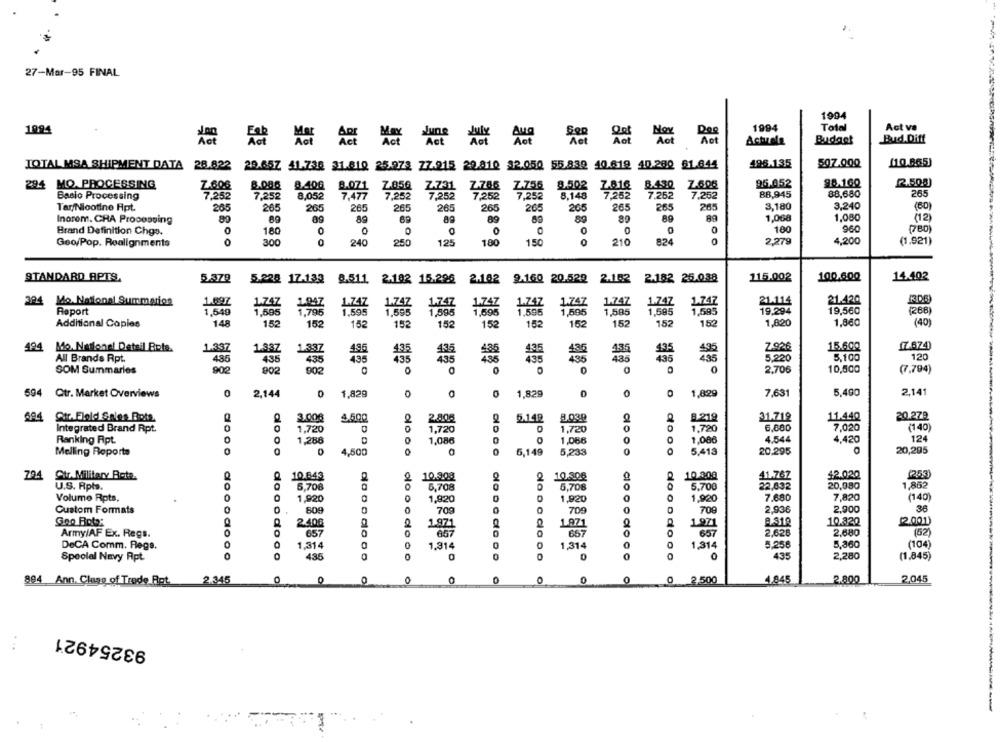
27-Mar-95 FINAL
1994
1994
Total
Act va
1994
Budget
Bud.Diff
196.135
507.000
(10.865)
TOTAL MSA SHIPMENT DATA
28.822 29.657 41.736 31.810 25.273 77.215 29.810 32.050 55 839 40.818 40.200 81.844
294 MQ. PROCESSING
8.086
8.502
96.052
9.8.160
(2.508)
Z.606
8.400
88,945
88,680
265
Basio Processing
7,252
7.252
8,052
7,477
7.282
7,252
7,252
7,25%
8,148
7.262
7.262
Tar/Nicotine Apt.
265
265
265
265
265
206
265
265
265
3,180
3,240
(60)
265
265
265
Inorem. CRA Processing
80
89
89
89
89
89
89
89
1,068
1,080
(12)
Brand Definition Chgs.
0
0
0
0
0
0
100
960
(780)
180
Geo/Pop. Realignments
O
300
240
250
125
180
150
0
210
824
2,279
4,200
(1,921)
STANDARD APTS,
5.379
5.228 17-133 8.511 2.182 15.296 2.182 9.160 20.529 2.152 2.182 25.038
115.002
100.600
14.402
394 Mo. National Summaries
1.697
1.747
1.947
1.74Z
1.747
1.747
1.747
1.74Z
1.747
1.747
1.747
21.114
21.420
Report
1,549
1.595
1,795
1.595
1.595
1,595
1,595
1.596
1,585
1,585
19,294
19,560
1,595
1,595
(268)
Additional Copies
148
152
152
152
152
152
152
152
152
152
152
1,820
1,860
(40)
494
Mo. National Detsil Bots.
1.337
1.337
Z.926
15.600
17.674)
1.337
435
436
125
435
5,100
All Brands Rpt.
485
435
435
435
435
5,220
120
SOM Summaries
902
902
902
0
0
2,706
10,500
(7,794)
594 Qtr. Market Overviews
2,144
0
1.829
O
0
0
1.829
0
0
1,829
7.631
5,400
2,141
8.219
20.27₽
694
Str.Field Sales Bots
3.00€
4.500
2.805
5.142
8.030
31.719
11.440
Integrated Brand Rpt.
1,720
0
1,720
1,720
1,720
6,680
7,020
(140)
124
Ranking Apt.
0
1,288
1.086
1,066
1,086
4.544
4,420
Melling Reports
0
dooo
dooo
4,500
6,149
5,233
dooo
5,413
20.295
20,295
10.843
2
10.308
$2.020
794
Str. Military Bote.
2
10.908
10.50€
41.767
U.S. Rpta.
0
do
5,708
5,708
5.708
5,700
22,832
20,980
1,86
0
1,920
0
1,920
1,920
1.920
7.680
7,820
(140)
Volume Rpts.
Custom Formats
0
809
709
709
700
2.936
2.900
38
Gno Foto:
2.400
2
1.971
1.971
1.971
2.310
10.322
2001
Army/AF Ex. Regs.
0
odo
657
657
dodo do
657
2,628
2,680
(52)
DeCA Comm. Rega.
0
1.314
0
1.314
1,314
1,314
5.256
5,360
(104)
Special Navy Apt.
4.35
0
0
0
0
435
2,280
(1.845)
2.345
0
0
2.800
2.045
894 Ann. Clegg of Trode Rot.
O
0
O
0
0
0 2,500
4,845
93254921